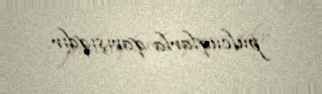
pulcuqlarla qarışıqdır.